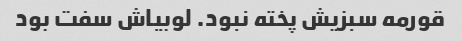
قورمه سبزیش پخته نبود. لوبیاش سفت بود